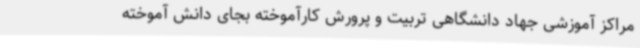
مراکز آموزشی جهاد دانشگاهی تربیت و پرورش کارآموخته بجای دانش آموخته